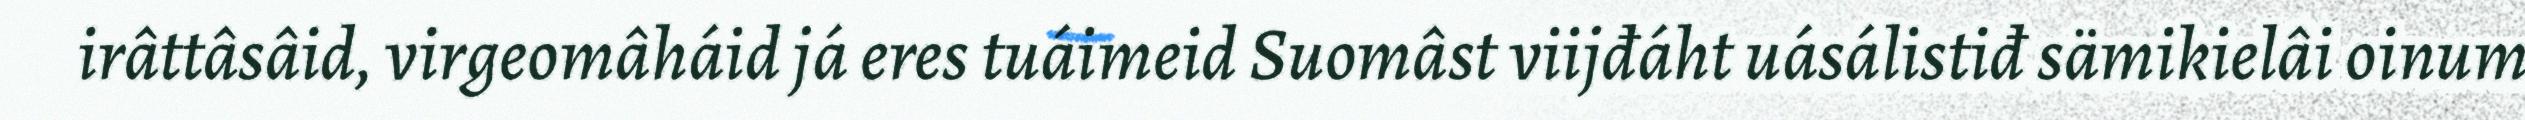
irâttâsâid, virgeomâháid já eres tuáimeid Suomâst viijđáht uásálistiđ sämikielâi oinum